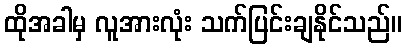
ထိုအခါမှ လူအားလုံး သက်ပြင်းချနိုင်သည်။